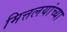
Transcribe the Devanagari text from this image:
मित्तलयांच्या